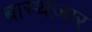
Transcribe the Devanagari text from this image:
बास्थज़ार